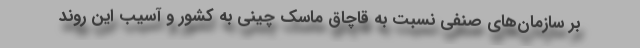
بر سازمان‌های صنفی نسبت به قاچاق ماسک چینی به کشور و آسیب این روند